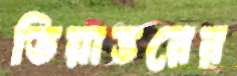
তিয়াত্তরের